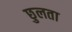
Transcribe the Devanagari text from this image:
छुलता